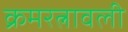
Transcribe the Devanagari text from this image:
क्रमरत्नावली